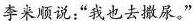
李来顺说:“我也去撒尿。”